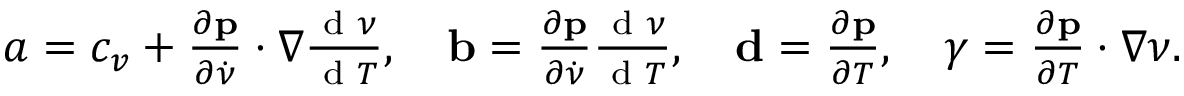
\begin{array} { r } { a = c _ { v } + \frac { \partial \mathbf p } { \partial \dot { \nu } } \cdot \nabla \frac { \textrm { d } \nu } { \textrm { d } T } , \quad \mathbf b = \frac { \partial \mathbf p } { \partial \dot { \nu } } \frac { \textrm { d } \nu } { \textrm { d } T } , \quad \mathbf d = \frac { \partial \mathbf p } { \partial T } , \quad \gamma = \frac { \partial \mathbf p } { \partial T } \cdot \nabla \nu . } \end{array}